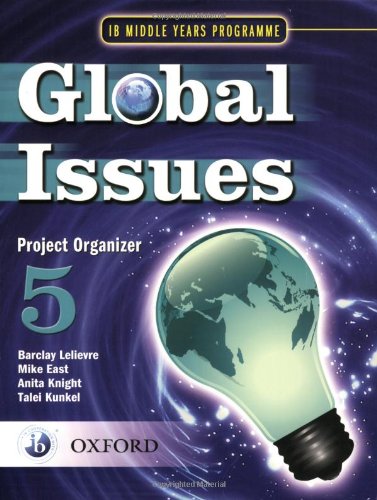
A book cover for IB Global Issues Project Organizer 5: Middle Years Programme (International Baccalaureate); Mike East; Teen & Young Adult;